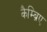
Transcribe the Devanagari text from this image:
कैम्ब्रिए